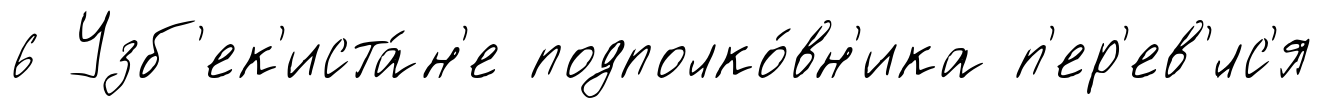
6 Узб'ек'иста́н'е подполко́вн'ика п'ер'ев'́лс'я